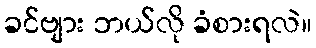
ခင်ဗျား ဘယ်လို ခံစားရလဲ။